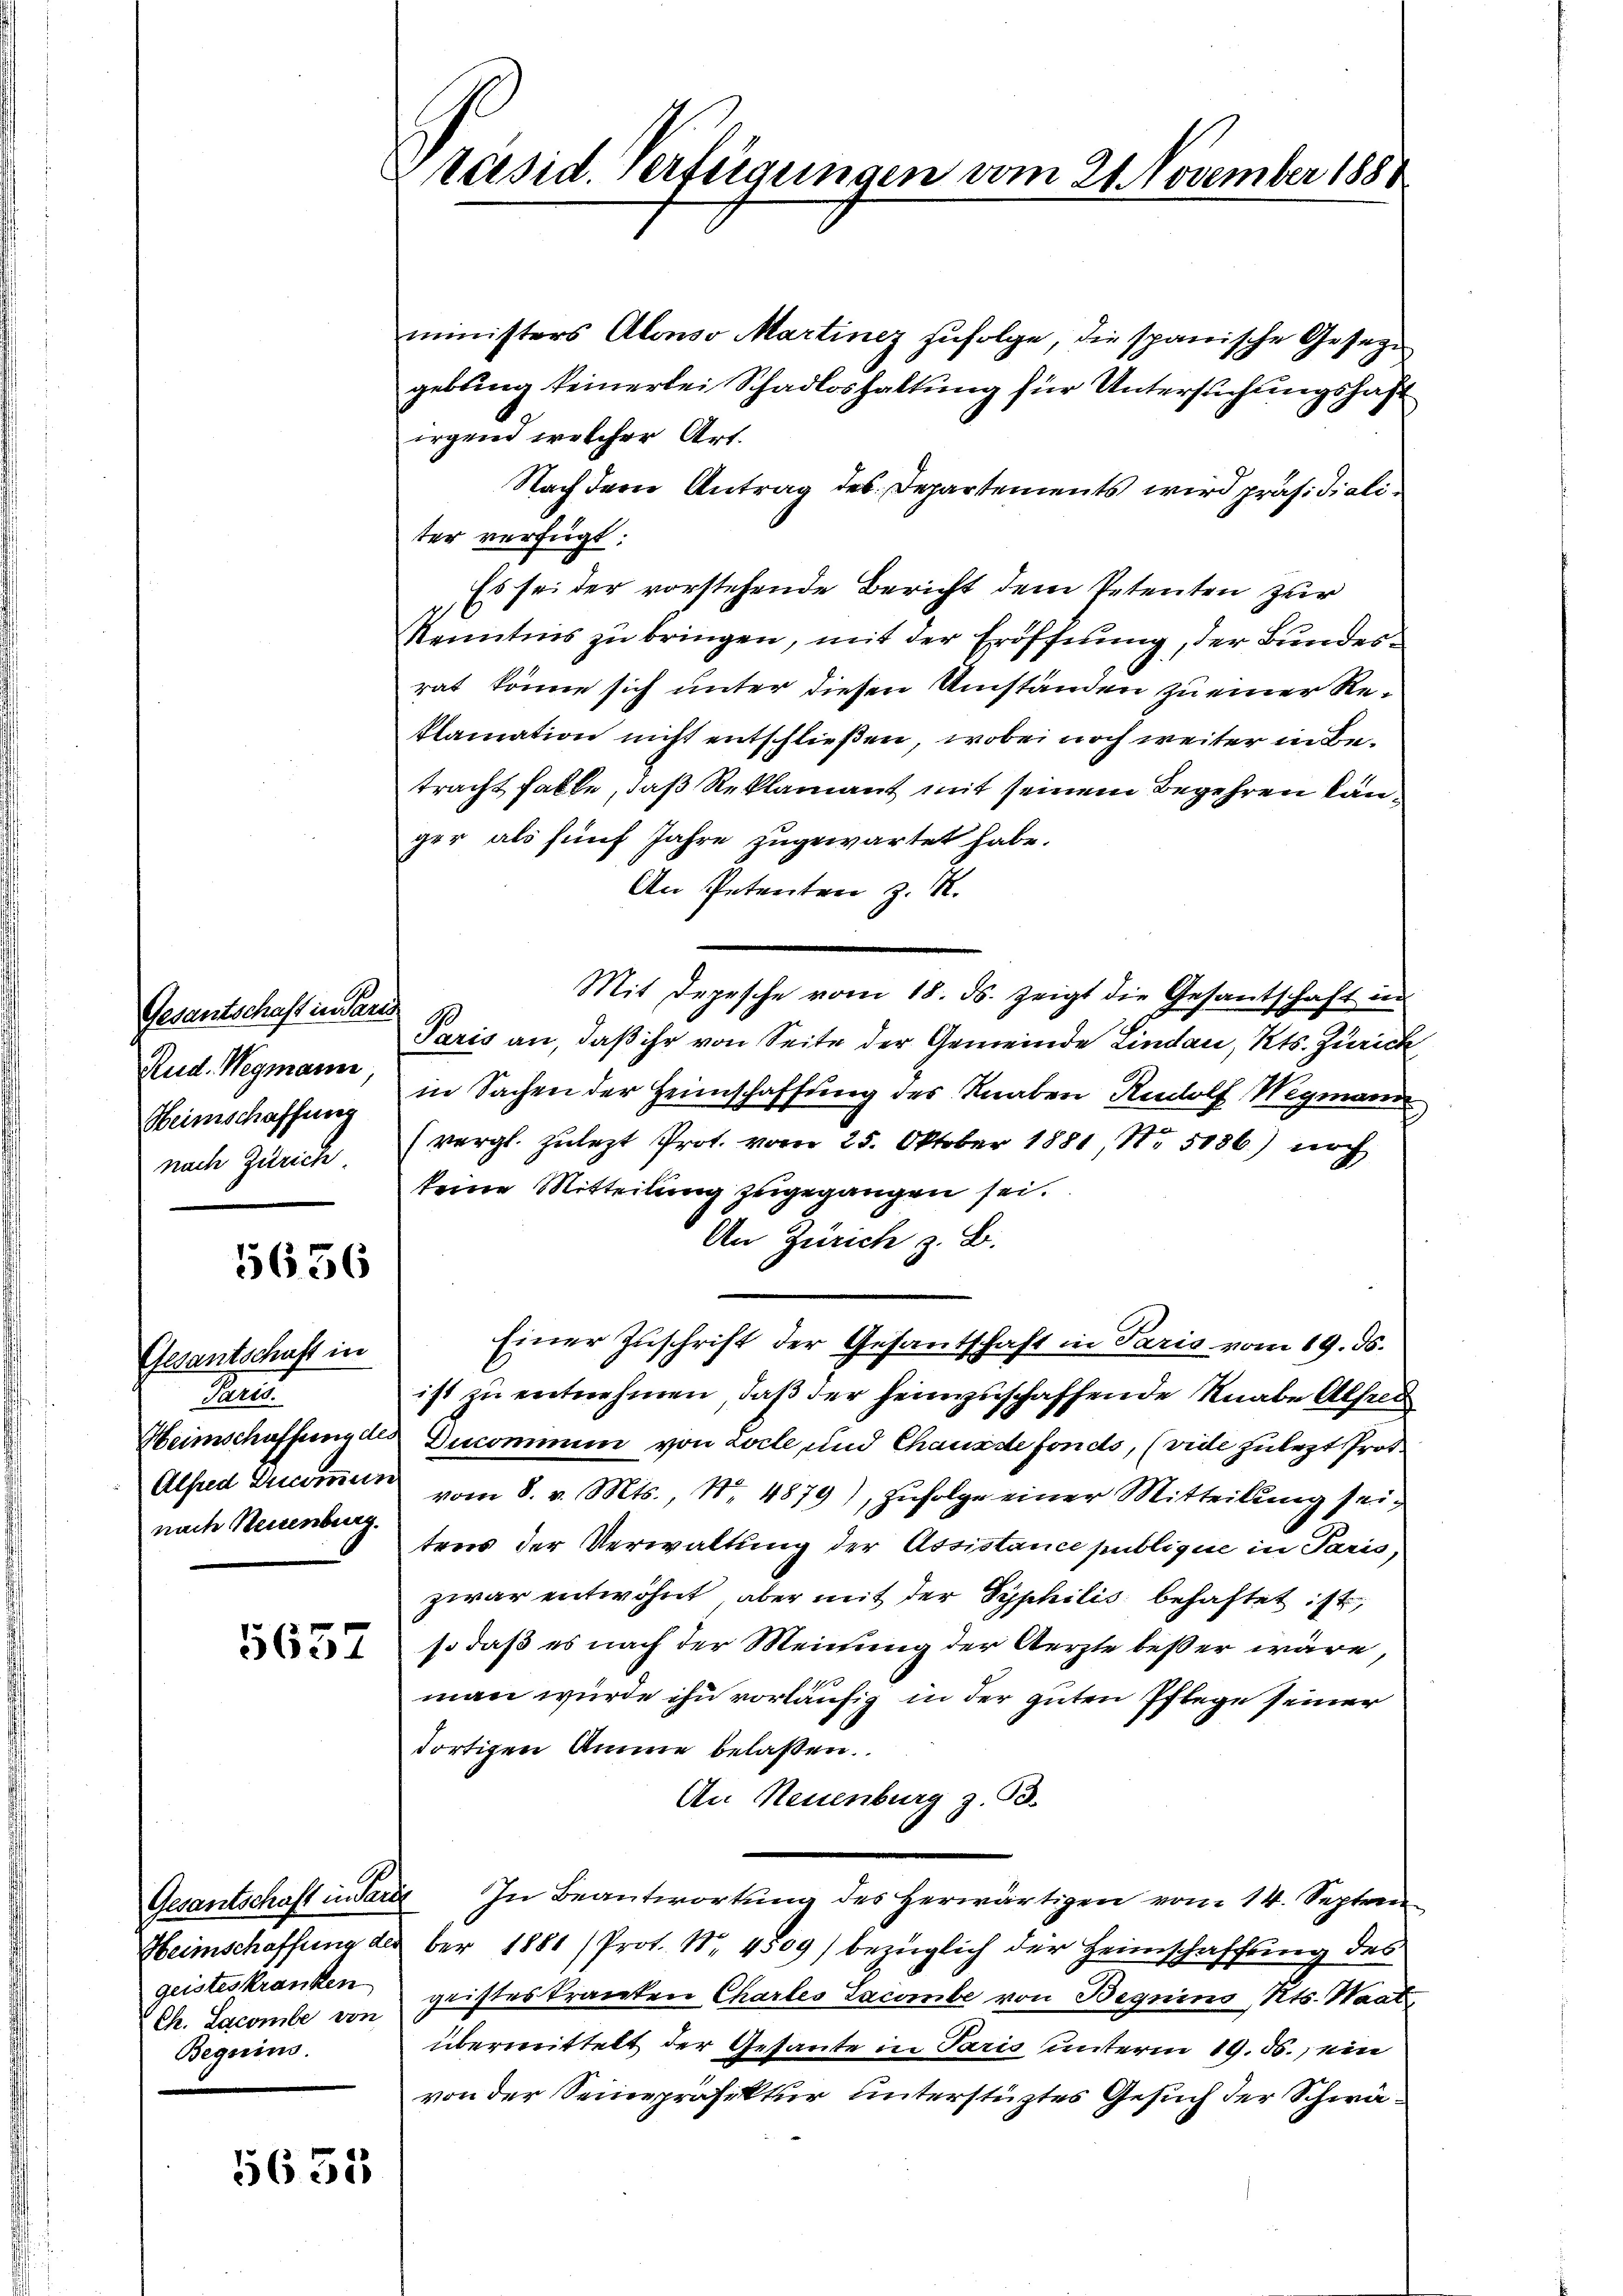
Gesantschaft in Paris.
Rud. Wegmann,
Heimschaffung

5656

Gesantschaft in
Paris
Heimschaffung des
Alfred Ducommun
nach Neuenburg.

5637

Heimschaffung der
geisteskranken
Ch. Lacombe von
Beguins.

5655

Präsid. Verfügungen vom 21. November 1888

ministers Abonso Martinez zŭfolge, die spanische Gesegn
gebung keinerlei Schadloshaltung für Untersuchungshaft
irgend welcher Art.
Nach dem Antrag des Departements wird präsidialiter verfügt:
Es sei der vorstehende Bericht dem Petenten zur
Kenntnis zu bringen, mit der Eröffnung, der Bundesrat könne sich unter diesen Umständen zu einer Reklamation nicht entschließen, wobei noch weiter in Betracht falle, daß Reklamant mit seinem Begehren kanger als fünf Jahre zugewartet habe.
An Petenten z. R.
Mit Depesche vom 18. ds. zeigt die Gesantschaft in
Paris an, daß ihr von Seite der Gemeinde Lindau, Kts. Zürich
in Sachen der Heimschaffung des Knaben Rudolf Wegmann
nach Zürich (vergl. zulezt Prot. vom 25. Oktober 1881, No 5186) noch
keine Mitteilung zugegangen sei.
An Zürich z. B.
Einer Zuschrift der Gesantschaft in Paris vom 19. ds.
ist zu entnehmen, daß der heimzuschaffende Knabe Alfred
Ducommun von Locte, und Chaus de fonds, (vide zulezt Prot.
vom 8. v. Mts., Nr. 4879), zufolge einer Mitteilung seitens der Verwaltung der Assistance publique in Paris,
zwar entwöhnt, aber mit der Syphilis behaftet ist,
so daß es nach der Meinung der Aerzte beßer wäre,
man würde ihn vorläufig in der guten Pflege seiner
dortigen Amme belaßen.
An Neuenburg z. B.
Gesantschaft in Sara In Beantwortung des herwärtigen vom 14. Septem
ber 1881 (Prot. Nr. 4809) bezüglich der Heimschaffung des
geisteskranken Chartes Jacobe von Begnino, Kts. Waat
übermittelt der Gesante in Paris unterm 19. ds., ein
von der Seine prasektur unterstütztes Gesuch der Schwä¬